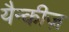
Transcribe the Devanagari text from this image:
यैन्कीज़